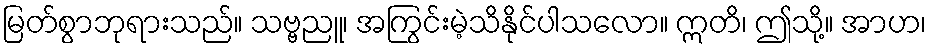
မြတ်စွာဘုရားသည်။ သဗ္ဗညူ၊ အကြွင်းမဲ့သိနိုင်ပါသလော။ ဣတိ၊ ဤသို့။ အာဟ၊